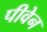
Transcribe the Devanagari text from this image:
पीवेन